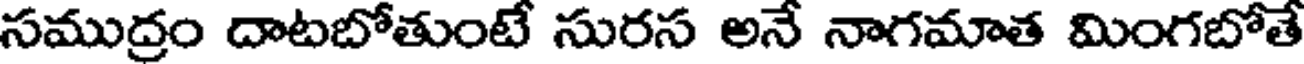
సముద్రం దాటబోతుంటే సురస అనే నాగమాత మింగబోతే